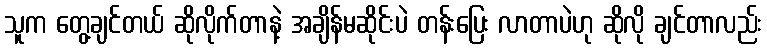
သူက တွေ့ချင်တယ် ဆိုလိုက်တာနဲ့ အချိန်မဆိုင်းပဲ တန်းပြေး လာတာပဲဟု ဆိုလို ချင်တာလည်း